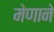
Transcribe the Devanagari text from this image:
मेणाने